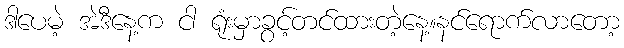
ဒါပေမဲ့ အဲဒီနေ့က ငါ ရုံးမှာခွင့်တင်ထားတဲ့နေ့။နင်ရောက်လာတော့